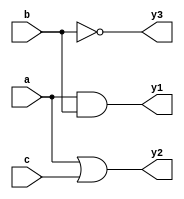
module combinational_logic (
    input wire a,      // Input signal a
    input wire b,      // Input signal b
    input wire c,      // Input signal c
    output wire y1,    // Output signal y1 (AND operation)
    output wire y2,    // Output signal y2 (OR operation)
    output wire y3     // Output signal y3 (NOT operation)
);

// Continuous assignment for AND operation
assign y1 = a & b;  // y1 is the result of a AND b

// Continuous assignment for OR operation
assign y2 = a | c;  // y2 is the result of a OR c

// Continuous assignment for NOT operation
assign y3 = ~b;     // y3 is the result of NOT b

endmodule